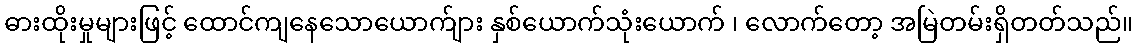
ဓားထိုးမှုများဖြင့် ထောင်ကျနေသောယောက်ျား နှစ်ယောက်သုံးယောက် ၊ လောက်တော့ အမြဲတမ်းရှိတတ်သည်။